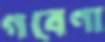
গবেণা